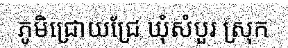
ភូមិជ្រោយជ្រែ ឃុំសំបួរ ស្រុក